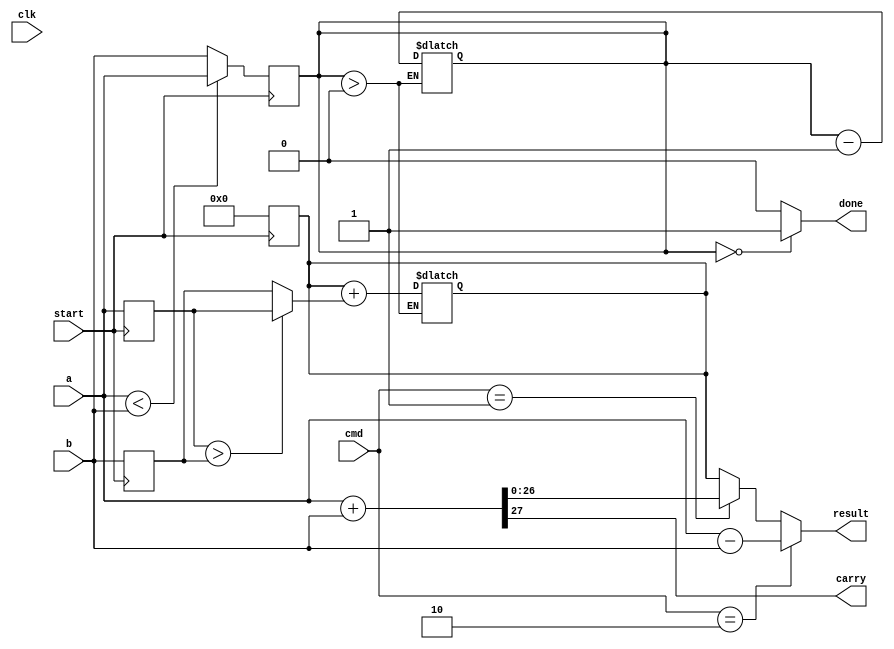
// Grupo 5
// Nomes:
// Thaylor Hugo - 13684425 
// Felipe Soria - 13864287
// Alejandro Larrea - 13791522  

// ULA em complemento de 2
module ula_mult (
    input clk,
    input start,
    input [26:0] a,
    input [26:0] b,
    input [1:0] cmd,              // 10 e sub, 1 se soma, 0 se mult
    output done,
    output carry,
    output [26:0] result
);

reg [26:0] multiplicacao;
reg [26:0] regA, regB;
reg [26:0] menor;
wire [26:0] maior;

always @(posedge start) begin
    regA <= a;
    regB <= b;
    if (a < b) begin
        menor <= a;
    end else menor <= b;
    multiplicacao <= 0;
end

assign maior = (regA > regB)? regA : regB;

always @(multiplicacao) begin
    if (menor > 0) begin
        multiplicacao <= multiplicacao + maior;
        menor = menor - 1'b1;
    end
end

assign done = (menor == 0)? 1'b1 : 1'b0;

wire [26:0] sum;
wire [26:0] sub;

assign {carry, sum} = a + b;
assign sub = a - b;

assign result = (cmd == 2'b10)? sub: (cmd == 2'b01)? sum : multiplicacao;

endmodule